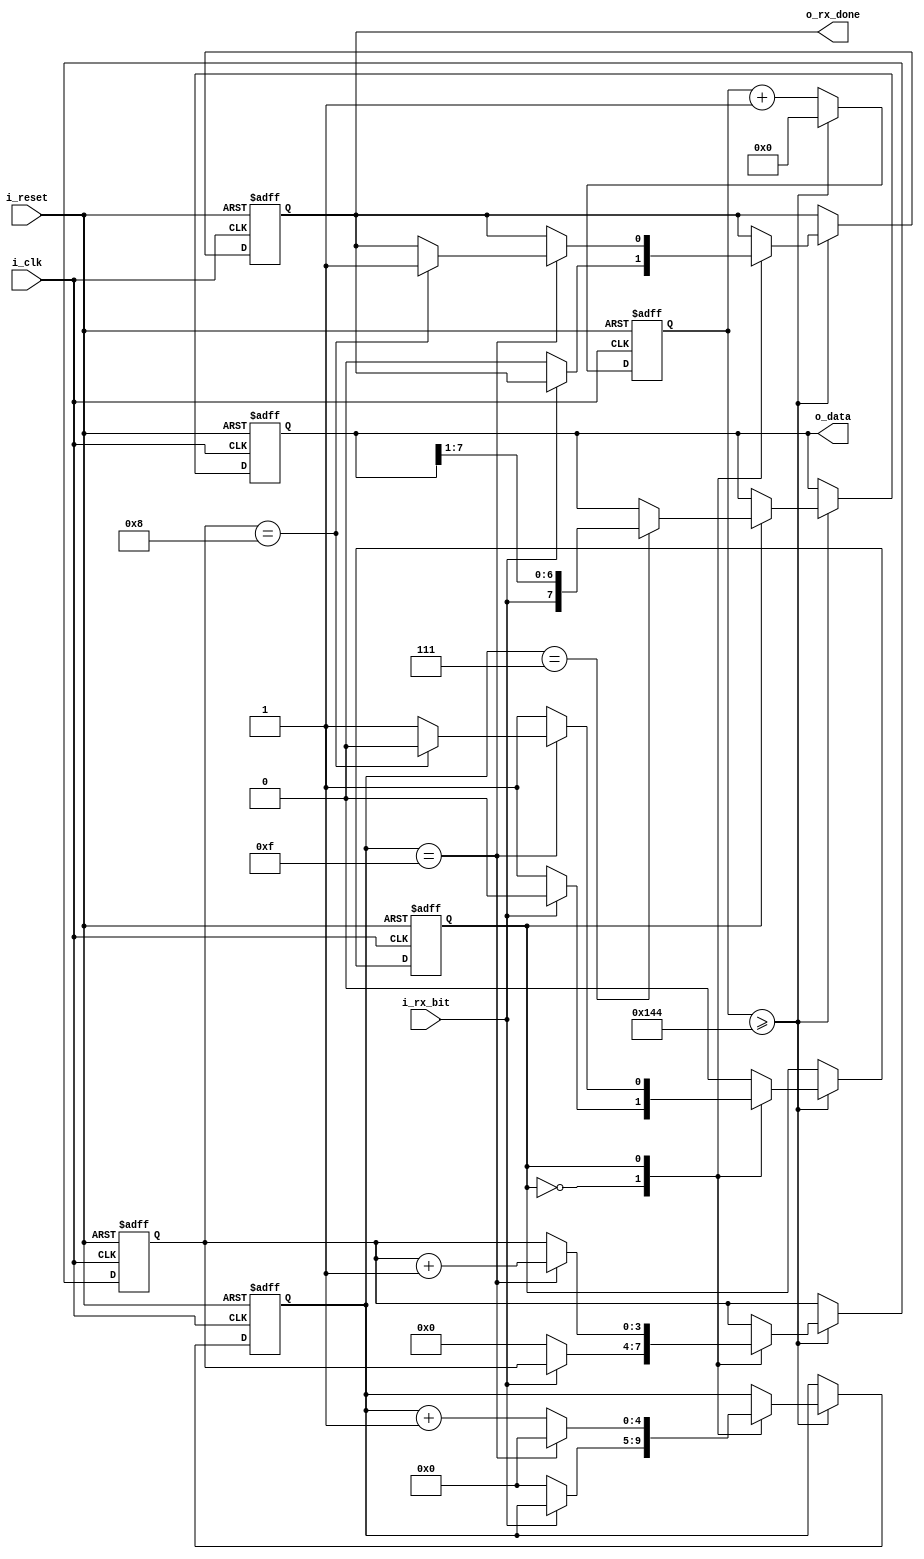
`timescale 1ns / 1ps

module UART_rx
    #(
        parameter       CLK_FR       = 50000000,  
        parameter       BAUD_RATE    = 9600, 
        parameter       TICK_BAUD    = 16, 
        parameter       SIZE_TRAMA   = 8 
    )
    (
        input   wire                        i_clk,
        input   wire                        i_reset,
        input   wire                        i_rx_bit,
        output  wire                        o_rx_done,
        output  wire   [SIZE_TRAMA-1    :0] o_data
    );
    
    //Estados
    localparam     IDLE                = 1'b0;
    localparam     RECIVE              = 1'b1;
   
    localparam     SIZE_COUNTER_BIT    = $clog2(SIZE_TRAMA+1); //Size para el contador de bits de una trama
    localparam     TICK_COUNTER        = CLK_FR/(BAUD_RATE*TICK_BAUD);  //Calculo del contador para generar un tick
    localparam     TICK_SAMPLE         = (TICK_BAUD/2)-1;  //medio de un bit en el que desea  tomar la muestra
    localparam     SIZE_COUNTER        = $clog2(TICK_COUNTER+1)+1; //size para el contador de TICKS
    localparam     SIZE_COUNTER_SAMPLE = $clog2(TICK_BAUD+1);   //Size para el contador de medio bit
    
    
    reg [SIZE_TRAMA-1    :0]        reg_shift, reg_shift_next;   
    reg                             state, state_next;
    reg                             reg_data_done, reg_data_done_next;    
    reg [SIZE_COUNTER_BIT-1     :0] reg_counter_bit, reg_counter_bit_next; // Contador para saber si tengo los 8 bits
    reg [SIZE_COUNTER_SAMPLE-1  :0] reg_counter_sample, reg_counter_sample_next; // Contador de muestras de 2 bits para contar hasta 4 para oversampling
    reg [SIZE_COUNTER+1         :0] reg_counter; //Contador de la tasa de baudios

    
    assign o_data       = reg_shift [SIZE_TRAMA-1:0]; 
    assign o_rx_done    = reg_data_done;
    
    always @ (posedge i_clk, posedge i_reset)
        begin 
            if (i_reset)begin       
                reg_counter             <= 0; 
                state                   <= IDLE; 
                reg_counter_bit         <= 0; 
                reg_counter_sample      <= 0; 
                reg_shift               <= 0;
                reg_data_done           <= 0;
            end 
            else begin 
                reg_counter <= reg_counter +1;
                if (reg_counter >= TICK_COUNTER-1) begin //Cuando el reg_counter llego a un tick
                    reg_counter         <= 0; 
                    state               <= state_next; 
                    reg_counter_bit     <= reg_counter_bit_next;
                    reg_data_done       <= reg_data_done_next;
                    reg_counter_sample  <= reg_counter_sample_next;
                    reg_shift           <= reg_shift_next;                    
                end
            end
        end
       
    always @* 
    begin 
        state_next                  <=  state;
        reg_counter_sample_next     <=  reg_counter_sample;
        reg_counter_bit_next        <=  reg_counter_bit;
        reg_data_done_next          <=  reg_data_done;
        reg_shift_next              <=  reg_shift;
        case (state)
            IDLE:
             begin 
                if (~i_rx_bit) begin //Bit de start=0 Se puede comenzar a recibir
                    state_next                  <= RECIVE; 
                    reg_counter_bit_next        <= 0;
                    reg_counter_sample_next     <= 0;
                    reg_data_done_next          <= 0;
                end
            end
            RECIVE: 
            begin
                if (reg_counter_sample == TICK_SAMPLE) begin   
                    reg_shift_next      <=  {i_rx_bit,reg_shift[SIZE_TRAMA-1:1]}; //Voy concatenando los bits que recibo en mi shift register
                end            
                if (reg_counter_sample == TICK_BAUD - 1) begin
                    if (reg_counter_bit == SIZE_TRAMA) begin //Recibi el byte completo
                        state_next              <= IDLE; 
                        reg_data_done_next      <= 1;
                    end 
                                       
                    reg_counter_bit_next     <= reg_counter_bit + 1; 
                    reg_counter_sample_next  <= 0; //Reinicia el contador de muestreo
                end 
                else begin 
                    reg_counter_sample_next  <= reg_counter_sample + 1;          
                end
            end
           default: 
                state_next <= IDLE;
         endcase
    end         
endmodule